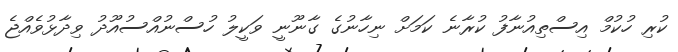
ކުރި ހުކުމް އިސްތިއުނާފު ކުރާނެ ކަމަށް ނިހާނުގެ ގާނޫނީ ވަކީލު ހުސްނުއްސުއޫދު ވިދާޅުވެއްޖެ